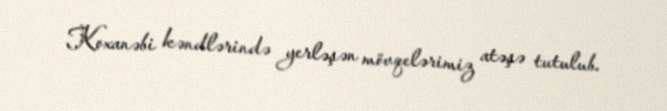
Koxanəbi kəndlərində yerləşən mövqelərimiz atəşə tutulub.